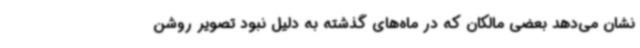
نشان می‌دهد بعضی مالکان که در ماه‌های گذشته به دلیل نبود تصویر روشن